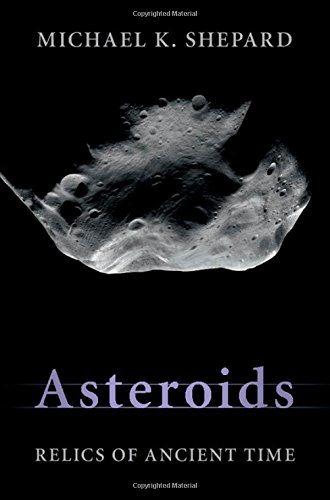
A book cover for Asteroids: Relics of Ancient Time; Michael K. Shepard; Science & Math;